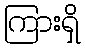
ကြားရှိ